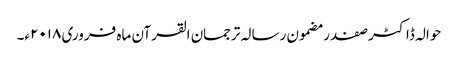
حوالہ ڈاکٹر صفدر مضمون رسالہ ترجمان القرآن ماہ فروری ۲۰۱۸ء۔